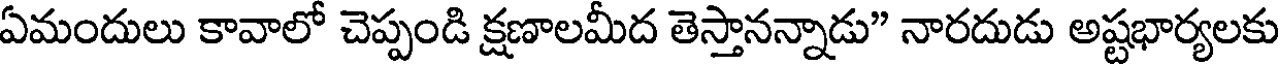
ఏమందులు కావాలో చెప్పండి క్షణాలమీద తెస్తానన్నాడు" నారదుడు అష్టభార్యలకు